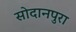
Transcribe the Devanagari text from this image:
सोदानपुरा